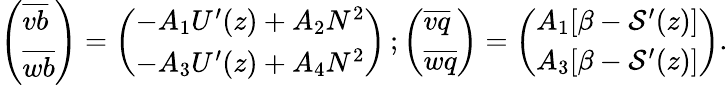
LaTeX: \begin{array}{r}{\left(\begin{array}{l}{\overline{{vb}}}\\ {\overline{{wb}}}\end{array}\right)=\left(\begin{array}{l}{-A_{1}U^{\prime}(z)+A_{2}N^{2}}\\ {-A_{3}U^{\prime}(z)+A_{4}N^{2}}\end{array}\right)\, ;\left(\begin{array}{l}{\overline{{vq}}}\\ {\overline{{wq}}}\end{array}\right)=\left(\begin{array}{l}{A_{1}[\beta-{\cal S}^{\prime}(z)]}\\ {A_{3}[\beta-{\cal S}^{\prime}(z)]}\end{array}\right).}\end{array}